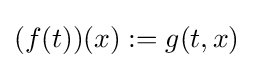
(f(t))(x):=g(t,x)